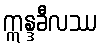
ဣန္ဒခီလဿ